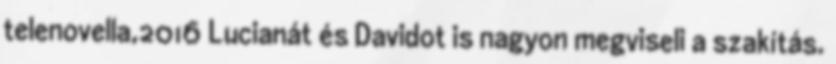
telenovella,2016 Lucianát és Davidot is nagyon megviseli a szakítás.